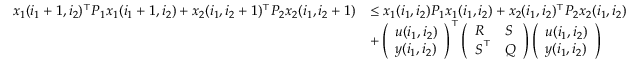
\begin{array} { r l } { x _ { 1 } ( i _ { 1 } + 1 , i _ { 2 } ) ^ { \top } \boldsymbol { P } _ { 1 } x _ { 1 } ( i _ { 1 } + 1 , i _ { 2 } ) + x _ { 2 } ( i _ { 1 } , i _ { 2 } + 1 ) ^ { \top } \boldsymbol { P } _ { 2 } x _ { 2 } ( i _ { 1 } , i _ { 2 } + 1 ) } & { \leq x _ { 1 } ( i _ { 1 } , i _ { 2 } ) \boldsymbol { P } _ { 1 } x _ { 1 } ( i _ { 1 } , i _ { 2 } ) + x _ { 2 } ( i _ { 1 } , i _ { 2 } ) ^ { \top } \boldsymbol { P } _ { 2 } x _ { 2 } ( i _ { 1 } , i _ { 2 } ) } \\ & { + \left( \begin{array} { l } { u ( i _ { 1 } , i _ { 2 } ) } \\ { y ( i _ { 1 } , i _ { 2 } ) } \end{array} \right) ^ { \top } \left( \begin{array} { l l } { \boldsymbol { R } } & { \boldsymbol { S } } \\ { \boldsymbol { S } ^ { \top } } & { \boldsymbol { Q } } \end{array} \right) \left( \begin{array} { l } { u ( i _ { 1 } , i _ { 2 } ) } \\ { y ( i _ { 1 } , i _ { 2 } ) } \end{array} \right) } \end{array}